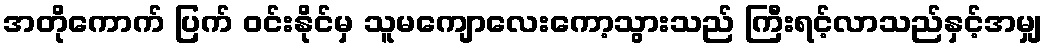
အတိုကောက် ပြက် ဝင်းနိုင်မှ သူမကျောလေးကော့သွားသည် ကြီးရင့်လာသည်နှင့်အမျှ